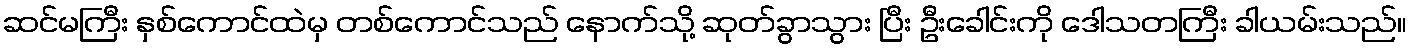
ဆင်မကြီး နှစ်ကောင်ထဲမှ တစ်ကောင်သည် နောက်သို့ ဆုတ်ခွာသွား ပြီး ဦးခေါင်းကို ဒေါသတကြီး ခါယမ်းသည်။